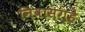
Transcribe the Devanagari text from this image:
निवासगृहे